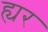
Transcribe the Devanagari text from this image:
ह्यर